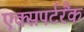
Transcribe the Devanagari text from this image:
एक्सपर्टरैंक